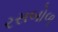
રસબોળ